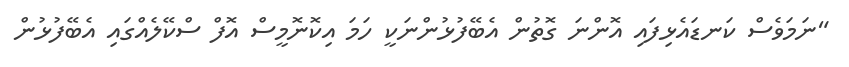
"ނަމަވެސް ކަނޑައެޅިފައި އޮންނަ ގޮތުން އެބޭފުޅުންނަކީ ހަމަ އިކޮނޮމީސް އޮފް ސްކޭލެއްގައި އެބޭފުޅުން